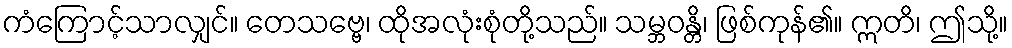
ကံကြောင့်သာလျှင်။ တေသဗ္ဗေ၊ ထိုအလုံးစုံတို့သည်။ သမ္ဘဝန္တိ၊ ဖြစ်ကုန်၏။ ဣတိ၊ ဤသို့။